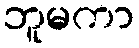
ဘူမကာ